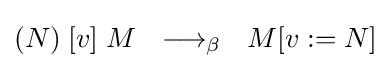
(N)\;[v]\;M\ \ \longrightarrow _{\beta }\ \ M[v:=N]